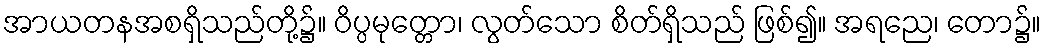
အာယတနအစရှိသည်တို့၌။ ဝိပ္ပမုတ္တော၊ လွတ်သော စိတ်ရှိသည် ဖြစ်၍။ အရညေ၊ တော၌။